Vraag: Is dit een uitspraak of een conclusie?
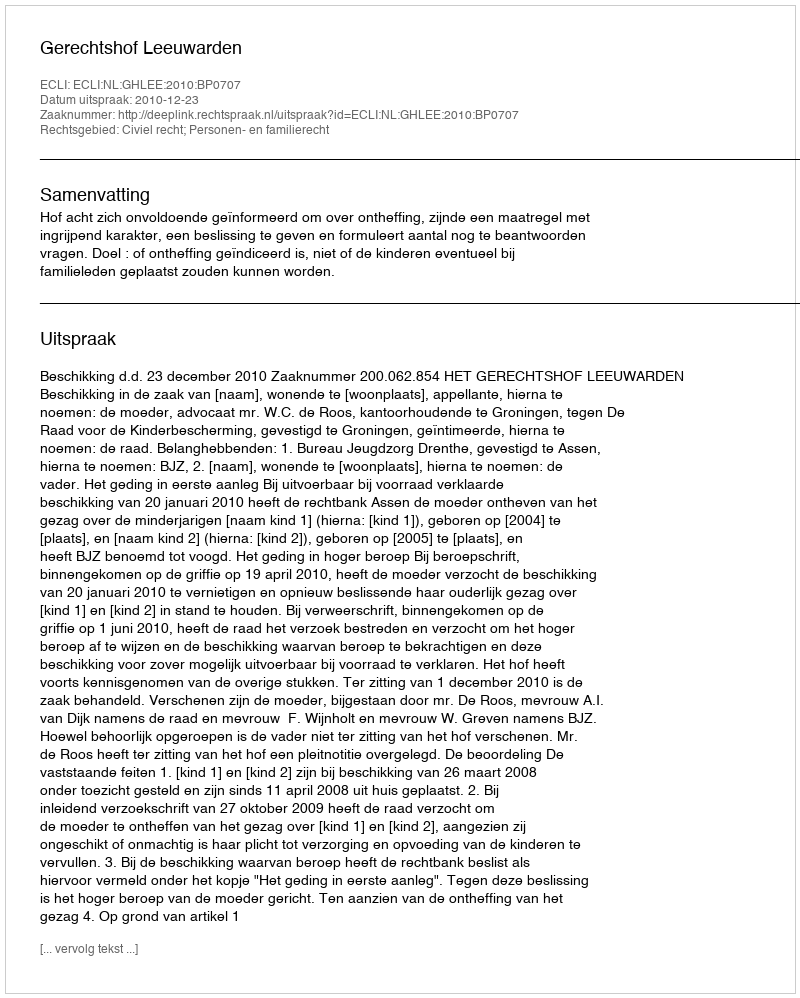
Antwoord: Uitspraak